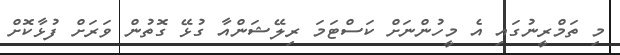
މި ތަމްރީނުގައި އެ މީހުންނަށް ކަސްޓަމަ ރިލޭޝަންއާ ގުޅޭ ގޮތުން ވަރަށް ފުޅާކޮށް